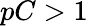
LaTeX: pC>1